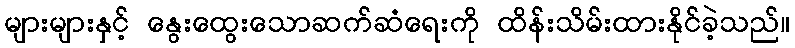
များများနှင့် နွေးထွေးသောဆက်ဆံရေးကို ထိန်းသိမ်းထားနိုင်ခဲ့သည်။